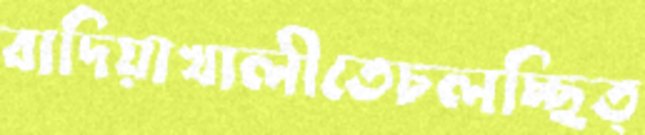
বাদিয়াখালীতেচলচ্ছিত্